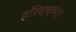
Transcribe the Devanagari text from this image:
हरिश्च्चंद्र